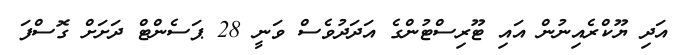
އަދި ޔޫކްރެއިނުން އައި ޓޫރިސްޓުންގެ އަދަދުވެސް ވަނީ 28 ޕަސެންޓް ދަށަށް ގޮސްފަ